Vaccine operations Central Provinces 1900-1911 - 1900-1911
Year: 1900
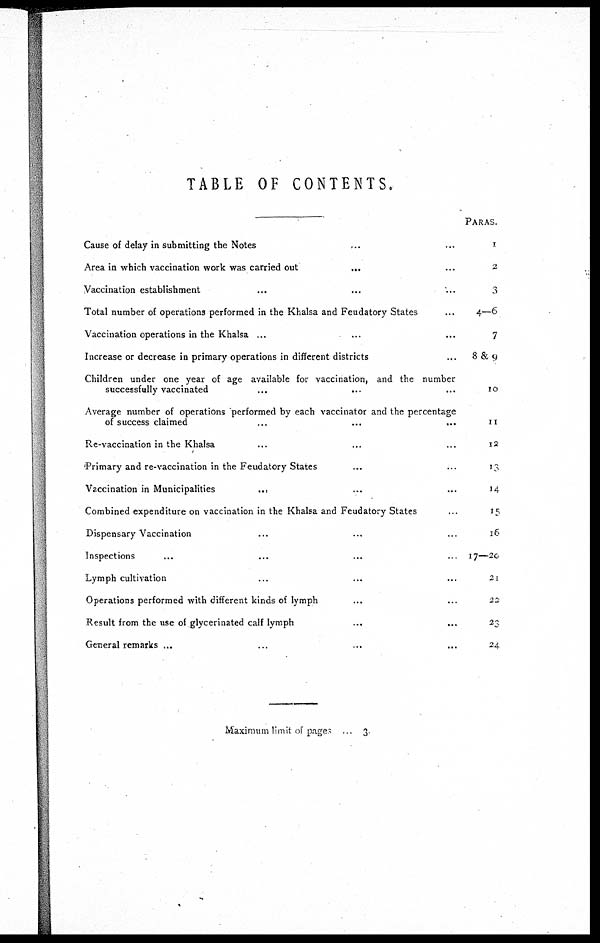
TABLE OF CONTENTS.
Cause of delay in submitting the Notes... ...
Area in which vaccination work was carried out
... ...
Vaccination establishment... ... ...
Total number of operations performed in the Khalsa and Feudatory States...
Vaccination operations in the Khalsa ...
...
...
Increase or decrease in primary operations in different districts...
Children under one year of age available for vaccination, and the number
successfully vaccinated...
Average number of operations performed by each vaccinator and the percentage
of success claimed
...
...
...
Re-vaccination in the Khalsa... ... ...
Primary and re-vaccination in the Feudatory States... ...
Vaccination in Municipalities
... ...
Combined expenditure on vaccination in the Khalsa and Feudatory States
. .
Dispensary Vaccination... ...
Inspections
...
...
...
. .
Lymph cultivation... ... ...
Operations performed with different kinds of lymph... ... ...
Result from the use of glycerinated calf lymph... ... ...
General remarks ... ... ...
PARAS.
1
2
3
4—6
7
8&9
10
11
12
13
14
15
16
17—20
21
22
23
24
Maximum limit of pages ... 3